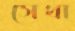
সেথা